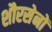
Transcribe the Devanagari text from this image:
शौरसेनों